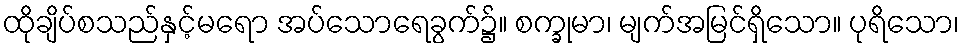
ထိုချိပ်စသည်နှင့်မရော အပ်သောရေခွက်၌။ စက္ခုမာ၊ မျက်အမြင်ရှိသော။ ပုရိသော၊